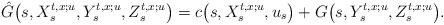
LaTeX: \begin{align*} \hat{G}\bigl(s, X_s^{t,x;u}, Y_s^{t,x;u}, Z_s^{t,x;u}\bigr) = c\bigl(s, X_s^{t,x;u}, u_s\bigr) + G\bigl(s, Y_s^{t,x;u}, Z_s^{t,x;u}\bigr).\end{align*}